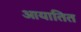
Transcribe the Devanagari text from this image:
आयातित